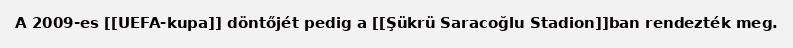
A 2009-es [[UEFA-kupa]] döntőjét pedig a [[Şükrü Saracoğlu Stadion]]ban rendezték meg.